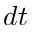
d t